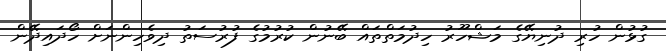
ގުޅުން ހުރި ދުނިޔޭގެ މަޝްހޫރު ހިދުމަތްތައް ބޭނުން ކުރުމުގެ ފުރުސަތު ދިވެހިންނަށް ހޯދައިދޭން